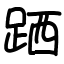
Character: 跴